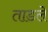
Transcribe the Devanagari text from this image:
ताडले